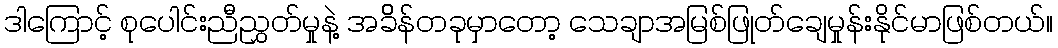
ဒါကြောင့် စုပေါင်းညီညွှတ်မှုနဲ့ အခိိန်တခုမှာတော့ သေချာအမြစ်ဖြုတ်ချေမှုန်းနိုင်မာဖြစ်တယ်။